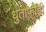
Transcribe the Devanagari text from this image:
धुतार्फाही